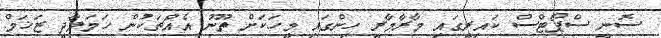
ސޮނީ ސްޕޯޓްސް ކައިރީގައި މާރާމާރީ ހިންގައި މީހަކަށް ތޫނު އެއްޗަކުން ހަމަލާދީ ޒަޚަމް